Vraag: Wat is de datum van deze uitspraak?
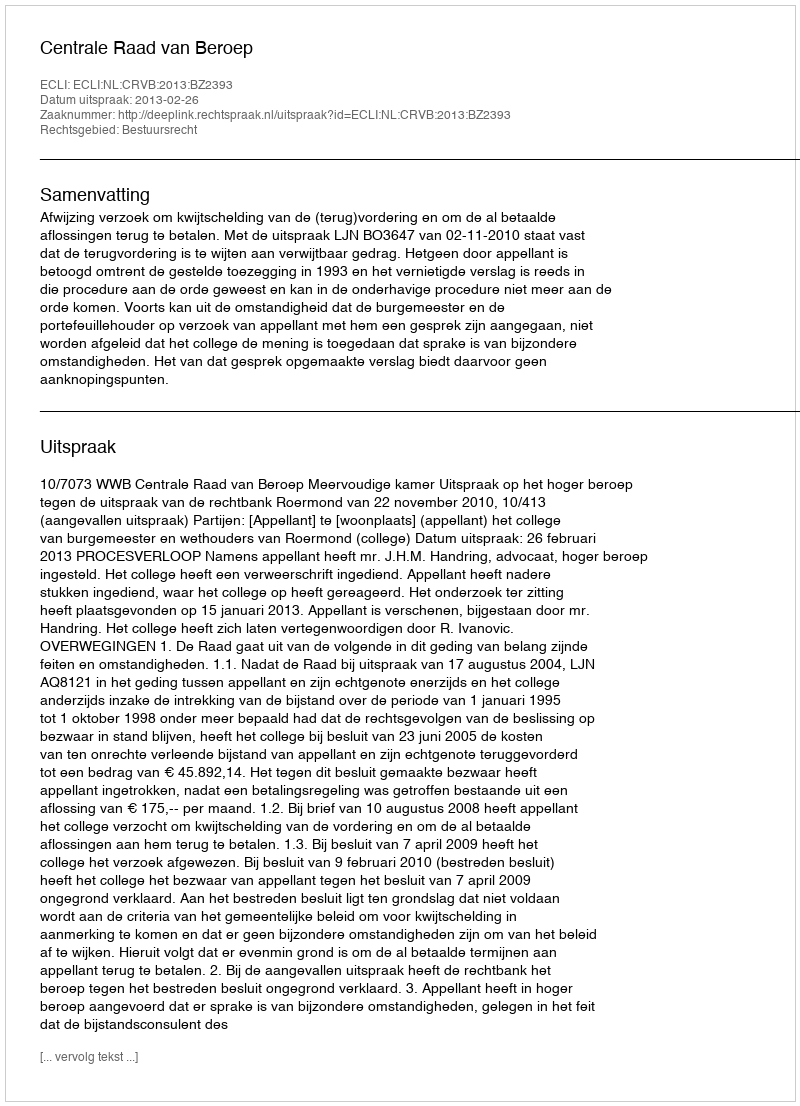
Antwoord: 2013-02-26